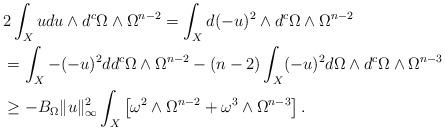
LaTeX: \begin{align*}&2 \int_X u du \wedge d^c \Omega \wedge \Omega^{n-2}=\int_X d(-u)^2 \wedge d^c \Omega \wedge \Omega^{n-2}\\&=\int_X - (-u)^2 dd^c \Omega \wedge \Omega^{n-2}- (n-2) \int_X (-u)^2 d\Omega \wedge d^c \Omega \wedge \Omega^{n-3}\\&\geq - B_\Omega \|u\|_\infty^2 \int_X \left[\omega^2 \wedge \Omega^{n-2} + \omega^3 \wedge \Omega^{n-3}\right].\end{align*}